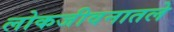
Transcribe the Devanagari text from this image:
लोकजीवनातले